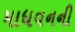
માધવનની